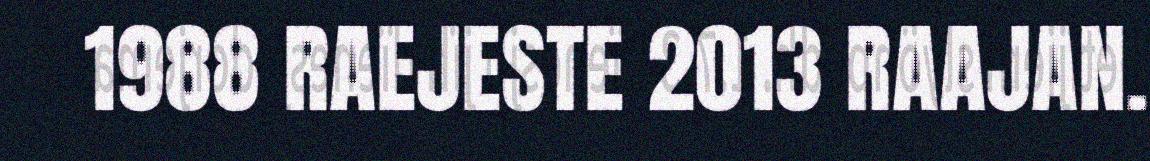
1988 RAEJESTE 2013 RAAJAN.